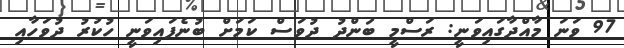
97 ވަނަ މާއްދާގައިވަނީ: ރަސްމީ ބަންދު ދުވަސް ކަމަށް ބުނެފައިވަނީ ހުކުރު ދުވަހާއި